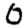
Digit: 0